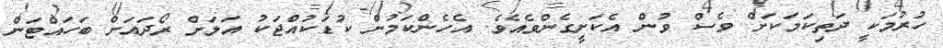
ހުރުމަކީ ދަތިކަމަކަށް ވެސް ވުން އެކަށީގެންވެއެވެ. އެހެންކަމުން ކުޑަކުއްޖަކު އަލަށް ރޯދައަށް ބަހައްޓަން